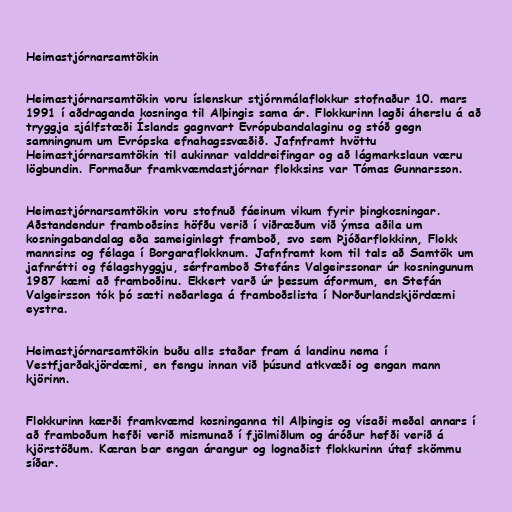
Heimastjórnarsamtökin

Heimastjórnarsamtökin voru íslenskur stjórnmálaflokkur stofnaður 10. mars
1991 í aðdraganda kosninga til Alþingis sama ár. Flokkurinn lagði áherslu á að
tryggja sjálfstæði Íslands gagnvart Evrópubandalaginu og stóð gegn
samningnum um Evrópska efnahagssvæðið. Jafnframt hvöttu
Heimastjórnarsamtökin til aukinnar valddreifingar og að lágmarkslaun væru
lögbundin. Formaður framkvæmdastjórnar flokksins var Tómas Gunnarsson.

Heimastjórnarsamtökin voru stofnuð fáeinum vikum fyrir þingkosningar.
Aðstandendur framboðsins höfðu verið í viðræðum við ýmsa aðila um
kosningabandalag eða sameiginlegt framboð, svo sem Þjóðarflokkinn, Flokk
mannsins og félaga í Borgaraflokknum. Jafnframt kom til tals að Samtök um
jafnrétti og félagshyggju, sérframboð Stefáns Valgeirssonar úr kosningunum
1987 kæmi að framboðinu. Ekkert varð úr þessum áformum, en Stefán
Valgeirsson tók þó sæti neðarlega á framboðslista í Norðurlandskjördæmi
eystra.

Heimastjórnarsamtökin buðu alls staðar fram á landinu nema í
Vestfjarðakjördæmi, en fengu innan við þúsund atkvæði og engan mann
kjörinn.

Flokkurinn kærði framkvæmd kosninganna til Alþingis og vísaði meðal annars í
að framboðum hefði verið mismunað í fjölmiðlum og áróður hefði verið á
kjörstöðum. Kæran bar engan árangur og lognaðist flokkurinn útaf skömmu
síðar.